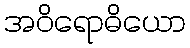
အဝိရောဓိယော